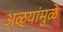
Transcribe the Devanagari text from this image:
अळ्यांमुळे